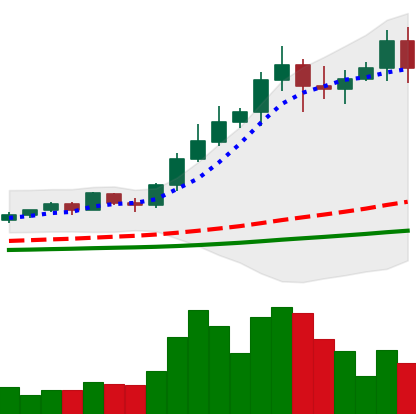
Ticker: NEO-USD
Chart end date: 2021-02-20
Forward return: -13.025%
Label: down_7plus